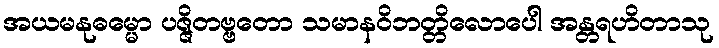
အယမနုဓမ္မော ပဇ္ဇိတဗ္ဗတော သမာနဝိဘတ္တိလောပေါ အန္တရဟိတာသု